65_HS1-834228961_62-HQ-83894_Serial_449
Agency: FBI
Page 6
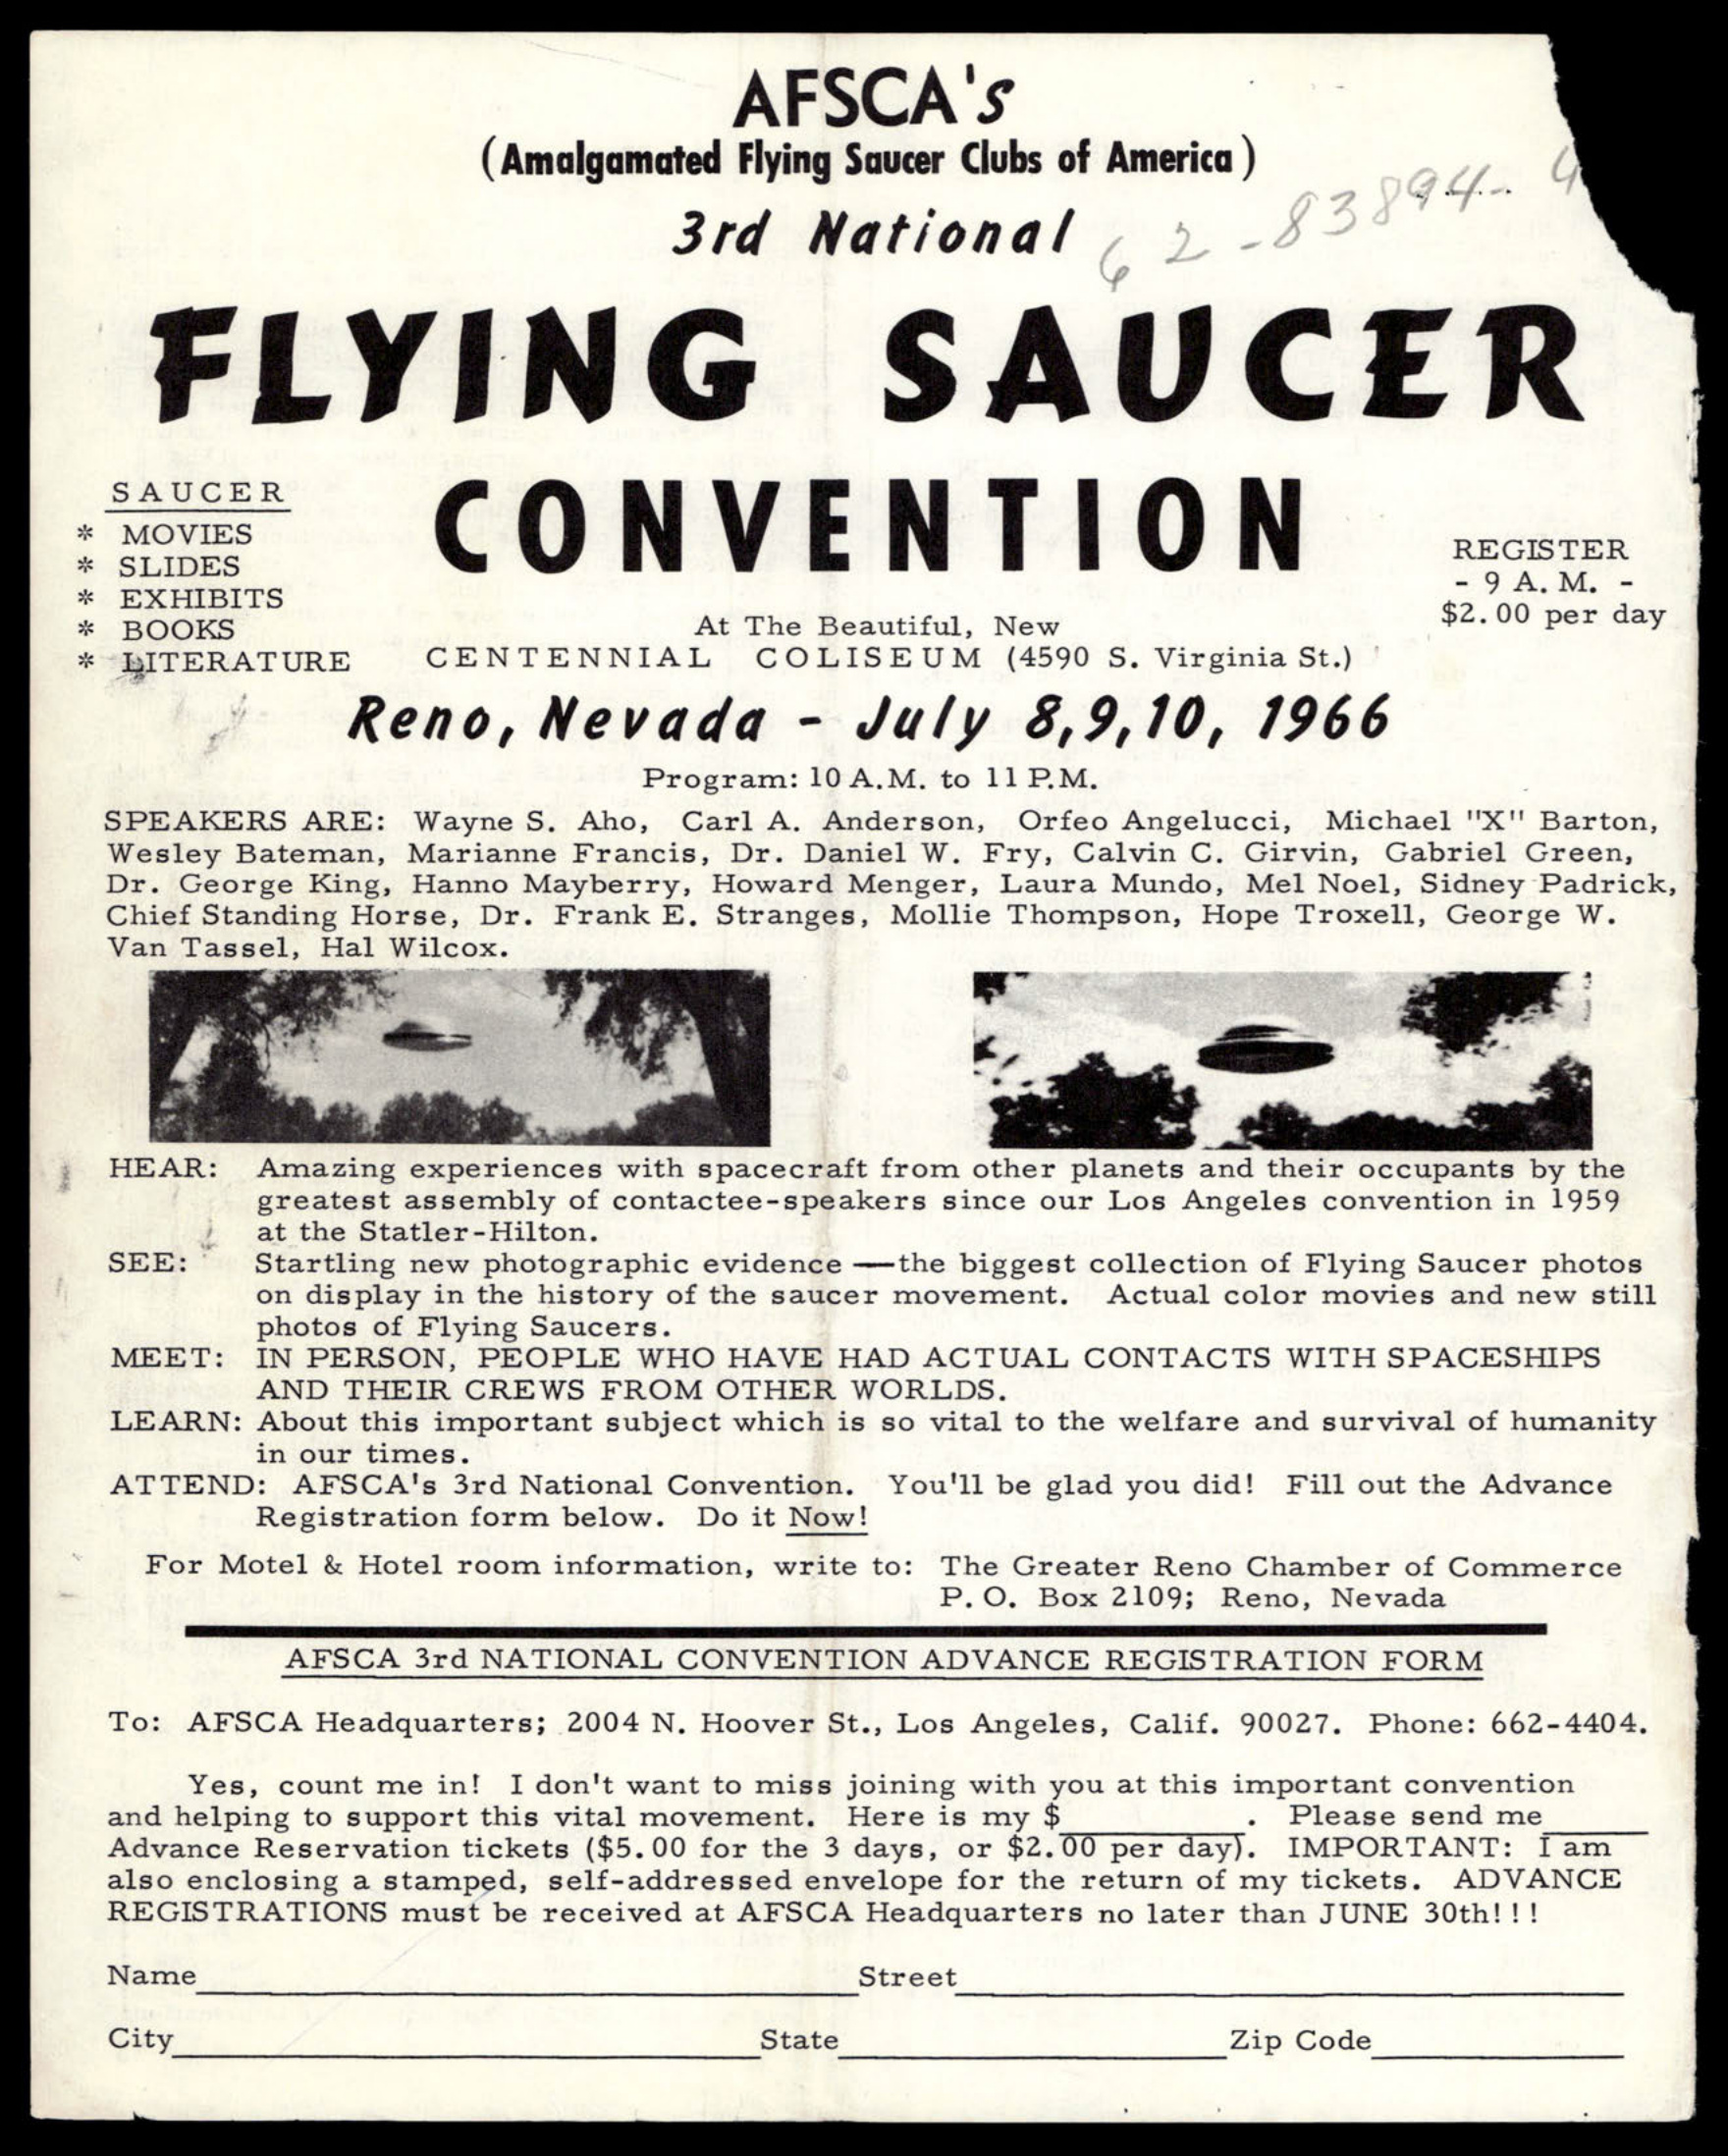